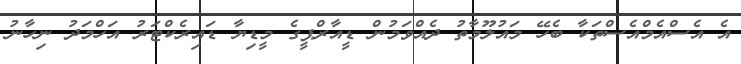
އެ އެސްއެމްއެސްތަކާ ބެހޭ މައުލޫމާތު ދެއްވަމުން ޑީއާރްޕީގެ މީޑިޔާ ޑައިރެކްޓަރު އަހްމަދު ނިހާނު